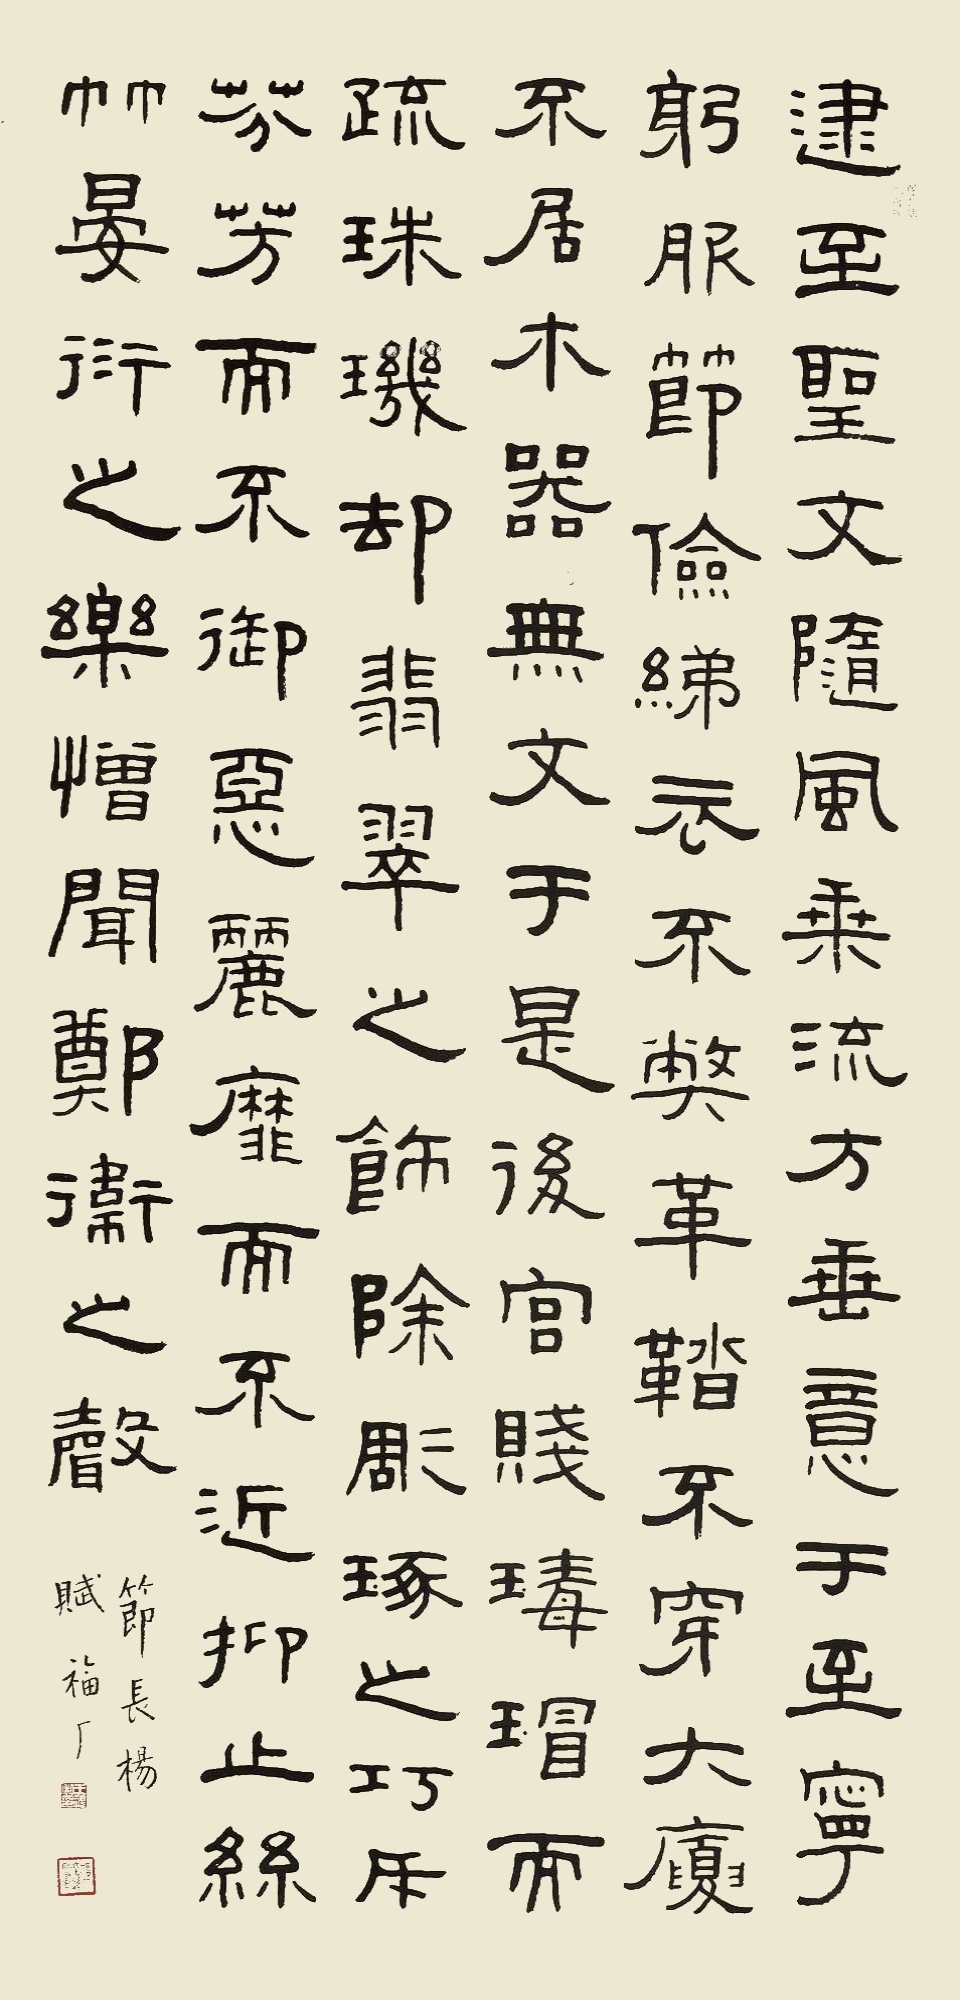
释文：逮至圣文，随风乘流，方垂意于至宁。躬服节俭，绨衣不敝，革鞜不穿，大厦不居，木器无文。于是后宫贱玳瑁而疏珠玑，却翡翠之饰，除雕琢之巧。恶丽靡而不近，斥芬芳而不御。抑止丝竹晏衍之乐，憎闻郑卫幼眇之声。节录《长杨赋》，福厂。